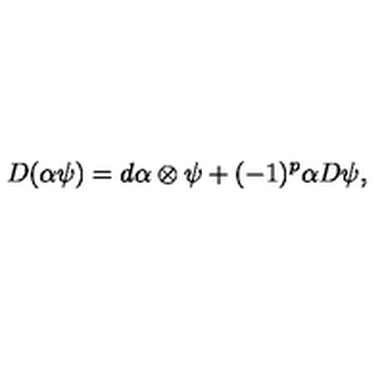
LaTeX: D ( \alpha \psi ) = d \alpha \otimes \psi + ( - 1 ) ^ { p } \alpha D \psi ,